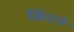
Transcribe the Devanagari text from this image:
बिंधने